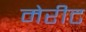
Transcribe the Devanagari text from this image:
मेरीट